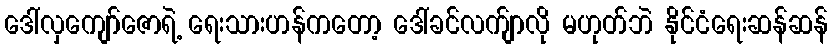
ဒေါ်လှကျော်ဇောရဲ့ ရေးသားဟန်ကတော့ ဒေါ်ခင်လက်ျာလို မဟုတ်ဘဲ နိုင်ငံရေးဆန်ဆန်